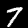
Label: 7